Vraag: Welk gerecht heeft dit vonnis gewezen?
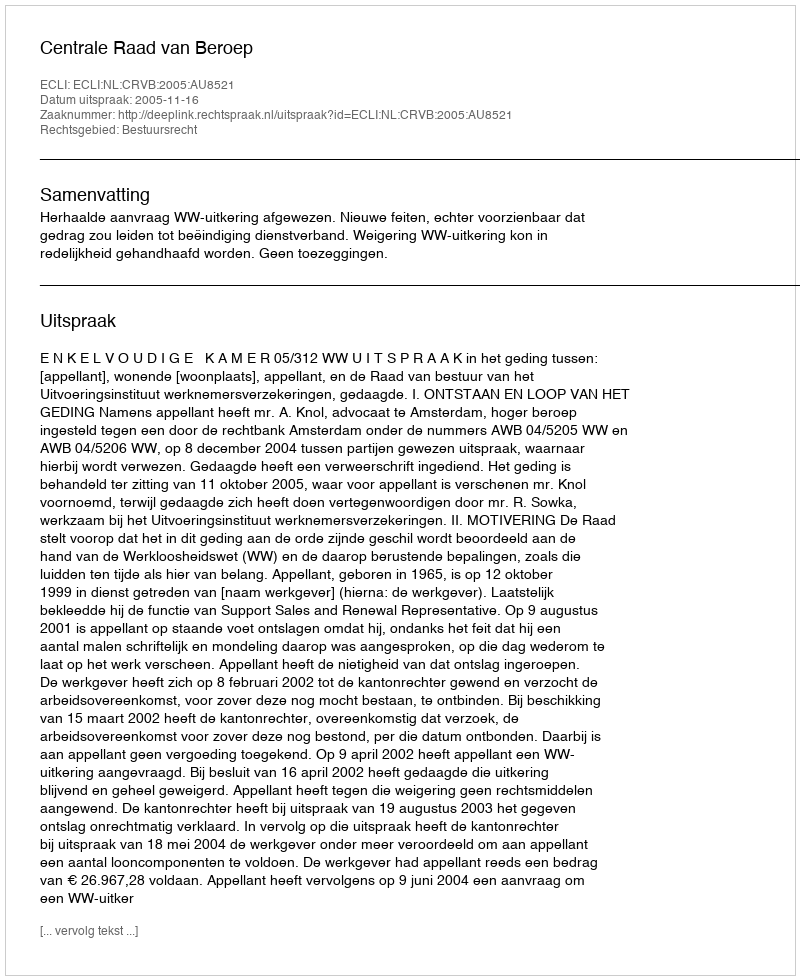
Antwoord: Centrale Raad van Beroep